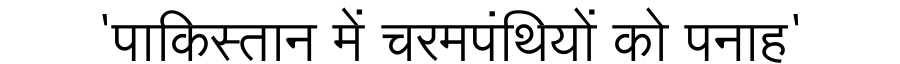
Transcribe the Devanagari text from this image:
'पाकिस्तान में चरमपंथियों को पनाह'